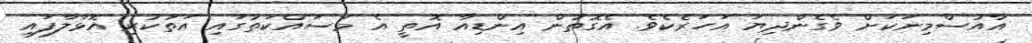
އާއުސްމިނަކަށް ވެގެންދިޔަ އަހަރެކެވެ. އެގޮތުން އިންޑިއާ އޮތީ އެ މަސައްކަތުގައި އަތުކުރި އޮޅާލާފައި